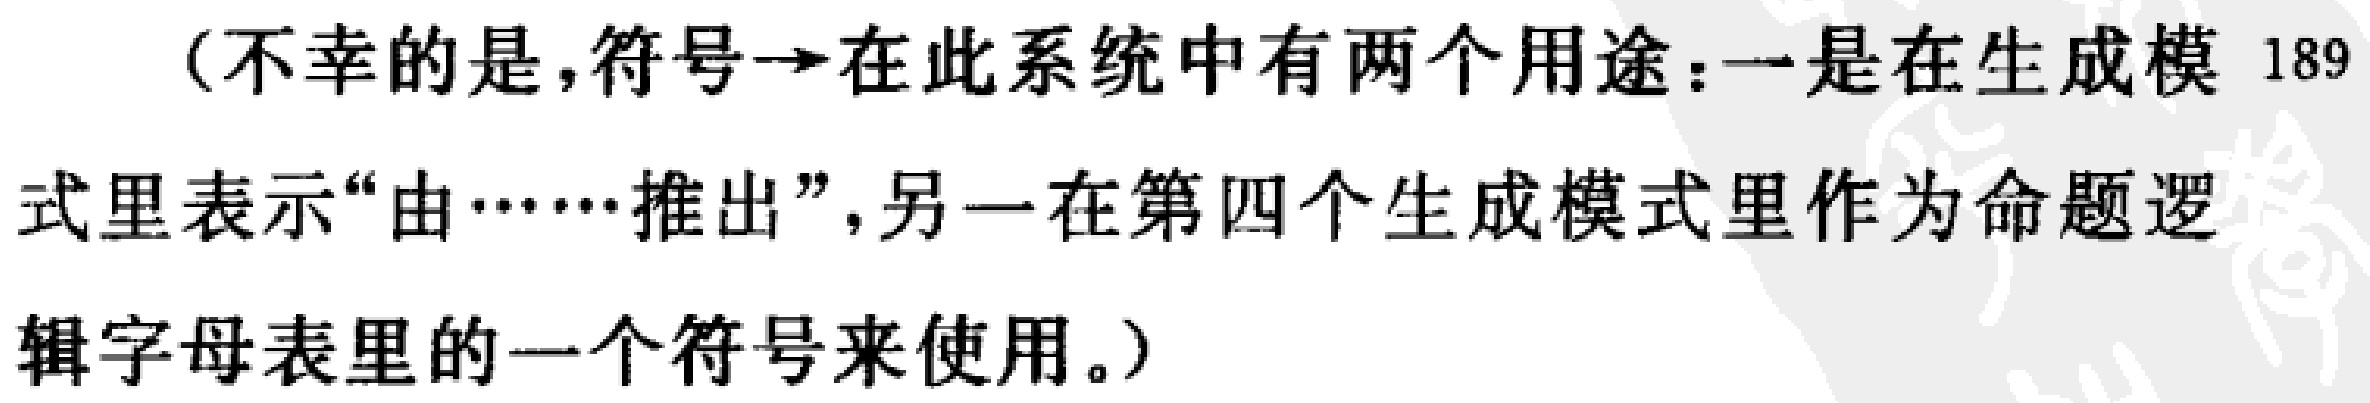
（不幸的是，符号$\to$在此系统中有两个用途：一是在生成模 189式里表示“由……推出”，另一在第四个生成模式里作为命题逻辑字母表里的一个符号来使用。）